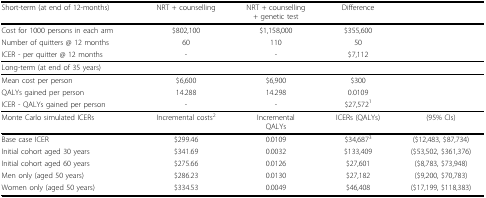
<table><thead><tr><td><b>Short-term (at end of 12-months)</b></td><td><b>NRT + counselling</b></td><td><b>NRT + counselling+ genetic test</b></td><td><b>Difference</b></td><td></td></tr></thead><tbody><tr><td>Cost for 1000 persons in each arm</td><td>$802,100</td><td>$1,158,000</td><td>$355,600</td><td></td></tr><tr><td>Number of quitters @ 12 months</td><td>60</td><td>110</td><td>50</td><td></td></tr><tr><td>ICER - per quitter @ 12 months</td><td>-</td><td>-</td><td>$7,112</td><td></td></tr><tr><td>Long-term (at end of 35 years)</td><td></td><td></td><td></td><td></td></tr><tr><td>Mean cost per person</td><td>$6,600</td><td>$6,900</td><td>$300</td><td></td></tr><tr><td>QALYs gained per person</td><td>14.288</td><td>14.298</td><td>0.0109</td><td></td></tr><tr><td>ICER - QALYs gained per person</td><td>-</td><td>-</td><td>$27,572<sup>1</sup></td><td></td></tr><tr><td>Monte Carlo simulated ICERs</td><td>Incremental costs<sup>2</sup></td><td>IncrementalQALYs</td><td>ICERs (QALYs)</td><td>(95% CIs)</td></tr><tr><td>Base case ICER</td><td>$299.46</td><td>0.0109</td><td>$34,687<sup>3</sup></td><td>($12,483, $87,734)</td></tr><tr><td>Initial cohort aged 30 years</td><td>$341.69</td><td>0.0032</td><td>$133,409</td><td>($53,502, $361,376)</td></tr><tr><td>Initial cohort aged 60 years</td><td>$275.66</td><td>0.0126</td><td>$27,601</td><td>($8,783, $73,948)</td></tr><tr><td>Men only (aged 50 years)</td><td>$286.23</td><td>0.0130</td><td>$27,182</td><td>($9,200, $70,783)</td></tr><tr><td>Women only (aged 50 years)</td><td>$334.53</td><td>0.0049</td><td>$46,408</td><td>($17,199, $118,383)</td></tr></tbody></table>